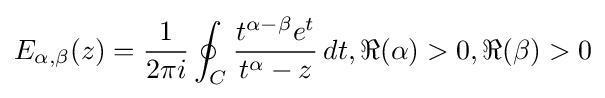
E_{\alpha ,\beta }(z)={\frac {1}{2\pi i}}\oint _{C}{\frac {t^{\alpha -\beta }e^{t}}{t^{\alpha }-z}}\,dt,\Re (\alpha )>0,\Re (\beta )>0